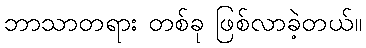
ဘာသာတရား တစ်ခု ဖြစ်လာခဲ့တယ်။